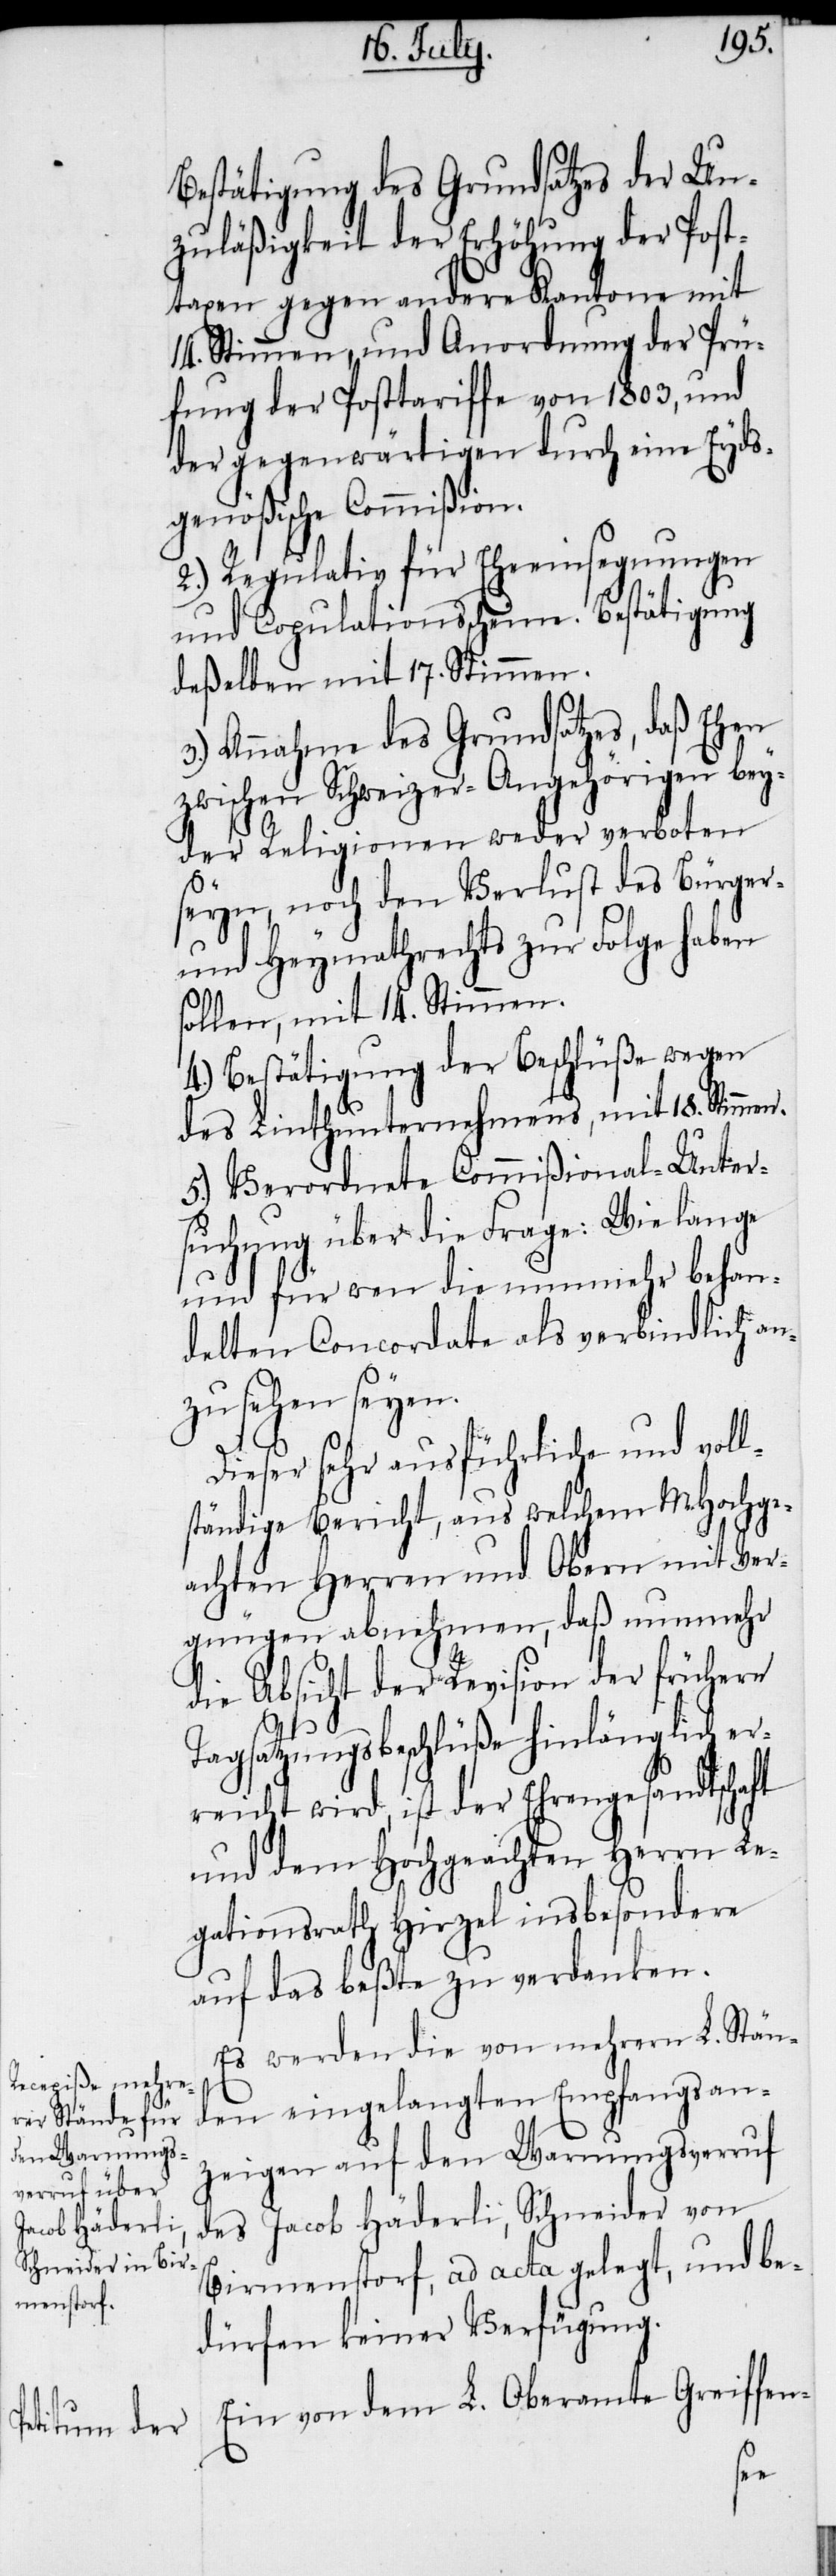
Bestätigung des Grundsatzes der Un¬
zuläßigkeit der Erhöhung der Post¬
taxen gegen andere Kantone mit
14. Stimmen, und Anordnung der Prü¬
fung der Posttariffe von 1803, und
der gegenwärtigen durch eine Eyds¬
genößische Commißion.
2.) Regulativ für Eheeinsegnungen
und Copulationsscheine. Bestätigung
deßelben mit 17. Stimmen.
3.) Annahme des Grundsatzes, daß Ehen
zwischen Schweizer-Angehörigen bey¬
der Religionen weder verboten
seyn, noch den Verlust des Bürger-
und Heymathrechts zur Folge haben
sollen, mit 14. Stimmen.
4.) Bestätigung der Beschlüße wegen
des Linthunternehmens, mit 18. Stimme¬
5.) Verordnete Commißional-Unter¬
suchung über die Frage: Wie lange
und für wen die nunmehr behan¬
delten Concordate als verbindlich an¬
n.
zusehen seyen.
Dieser sehr ausführliche und voll¬
ständige Bericht, aus welchem MHochge¬
achten Herren und Obern mit Ver¬
gnügen abnehmen, daß nunmehr
die Absicht der Revision der frühern
Tagsatzungsbeschlüße hinlänglich er¬
reicht wird, ist der Ehrengesandtschaft
und dem Hochgeachten Herrn Le¬
gationsrath Hirzel insbesondere
auf das beßte zu verdanken.
Es werden die von mehrern L. Ständ¬
en eingelangten Empfangsan¬
zeigen auf den Warnungsverruf
des Jacob Häderli, Schneider von
Birmenstorf, ad acta gelegt, und be¬
dürfen keiner Verfügung.
Ein von dem L. Oberamte Greiffen-